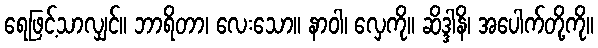
ရေဖြင့်သာလျှင်။ ဘာရိတာ၊ လေးသော။ နာဝါ၊ လှေကို။ ဆိဒ္ဒါနိ၊ အပေါက်တို့ကို။